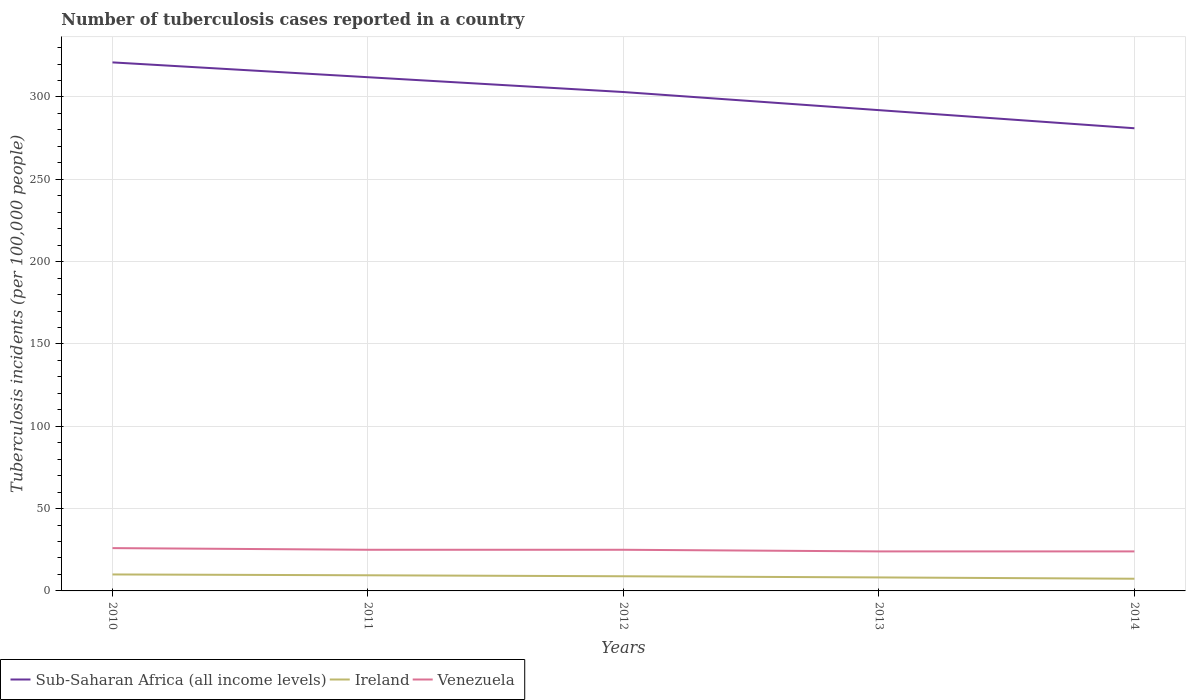
| Years | Sub-Saharan Africa (all income levels) | Ireland | Venezuela |
 | --- | --- | --- | --- |
 | 2010 | 321 | 10 | 26 |
 | 2011 | 312 | 9.5 | 25 |
 | 2012 | 303 | 8.9 | 25 |
 | 2013 | 292 | 8.2 | 24 |
 | 2014 | 281 | 7.4 | 24 |